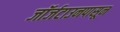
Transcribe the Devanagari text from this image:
जॉर्जटाउनपासून